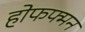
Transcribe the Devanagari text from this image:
होफफ्मन